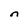
Character: n